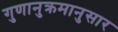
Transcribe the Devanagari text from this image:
गुणानुक्रमानुसार